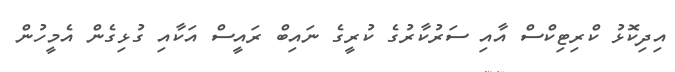
އިދިކޮޅު ކްރިޓިކްސް އާއި ސަރުކާރުގެ ކުރީގެ ނައިބް ރައީސް އަކާއި ގުޅިގެން އެމީހުން